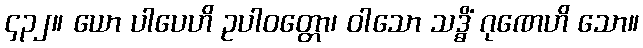
၄၃၂။ ယော ပါပေဟိ ဥပါဝတ္တော၊ ဝါသော သဒ္ဓိံ ဂုဏေဟိ သော။